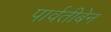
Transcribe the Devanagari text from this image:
पार्वतीबेन